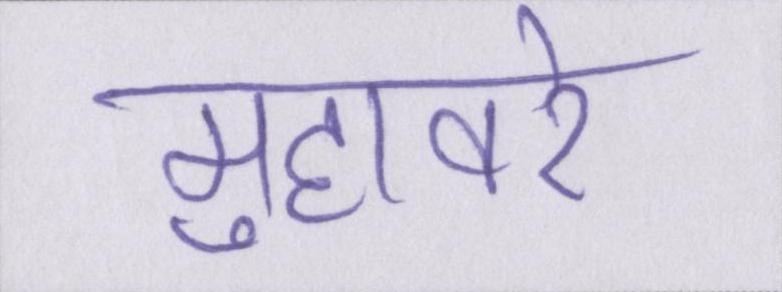
मुहावरे